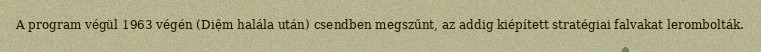
A program végül 1963 végén (Diệm halála után) csendben megszűnt, az addig kiépített stratégiai falvakat lerombolták.